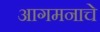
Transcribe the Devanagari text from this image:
आगमनाचे